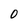
Character: O